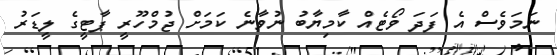
ނަމަވެސް އެ ފަދަ ވޯޓެއް ކާމިޔާބު ނުވާނެ ކަމަށް ޖުމްހޫރީ ޕާޓީގެ ލީޑަރު